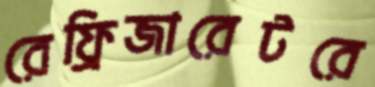
রেফ্রিজারেটরে